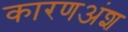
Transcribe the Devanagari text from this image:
कारणअंश